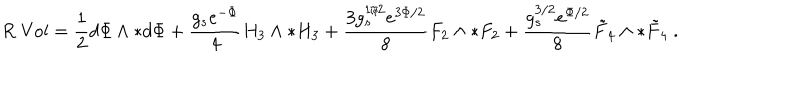
R \; \mathrm { V o l } = \frac { 1 } { 2 } d \Phi \wedge { * } d \Phi + \frac { g _ { s } e ^ { - \Phi } } { 4 } H _ { 3 } \wedge { * } H _ { 3 } + \frac { 3 g _ { s } ^ { 1 / 2 } e ^ { 3 \Phi / 2 } } { 8 } F _ { 2 } \wedge { * } F _ { 2 } + \frac { g _ { s } ^ { 3 / 2 } e ^ { \Phi / 2 } } { 8 } \tilde { F } _ { 4 } \wedge { * } \tilde { F } _ { 4 } \ .